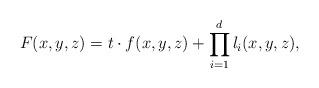
LaTeX: \begin{align*} F(x,y,z) = t \cdot f(x,y,z) + \prod_{i=1}^d l_i(x,y,z), \end{align*}